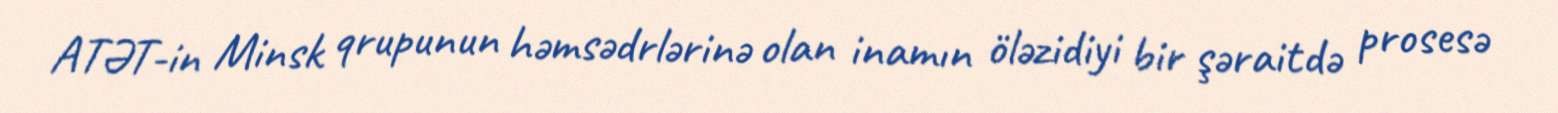
ATƏT-in Minsk qrupunun həmsədrlərinə olan inamın öləzidiyi bir şəraitdə prosesə